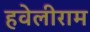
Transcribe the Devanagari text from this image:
हवेलीराम